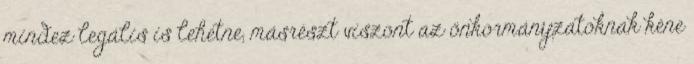
mindez legális is lehetne, másrészt viszont az önkormányzatoknak kéne